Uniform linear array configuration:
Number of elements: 16
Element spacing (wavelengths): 1
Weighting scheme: exponential
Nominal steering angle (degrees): -60
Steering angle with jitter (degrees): -60.114
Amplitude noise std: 0.05
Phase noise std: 0.05

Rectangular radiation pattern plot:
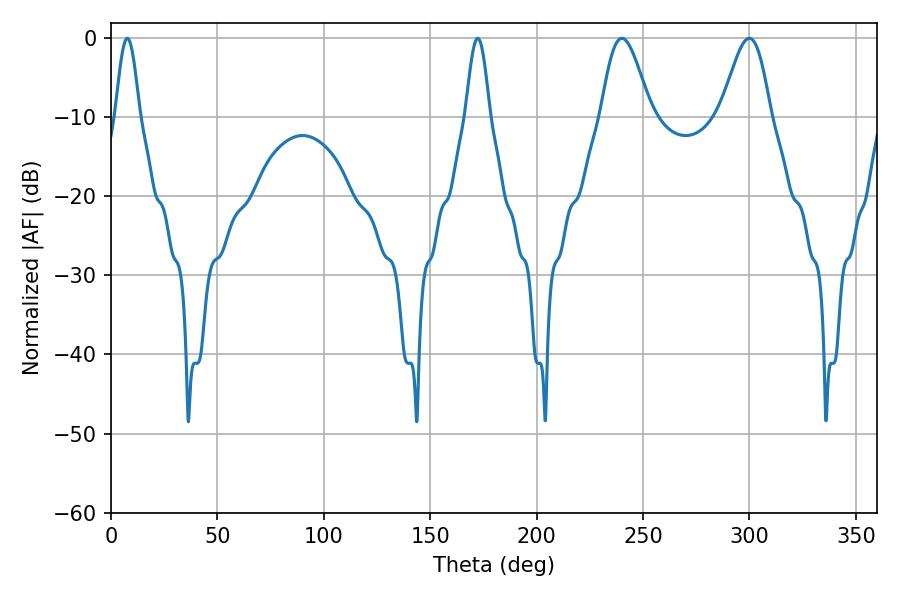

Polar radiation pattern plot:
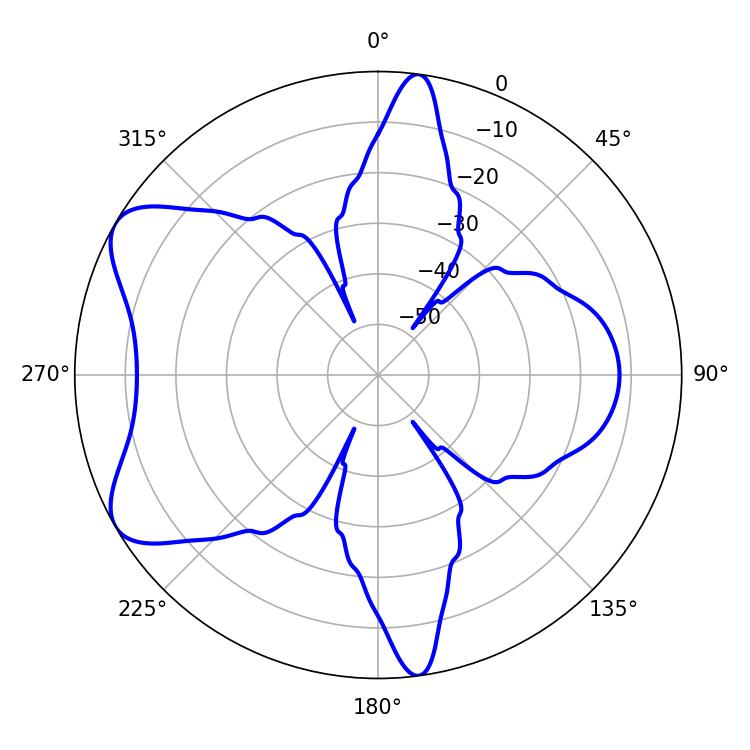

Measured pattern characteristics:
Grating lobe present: TRUE
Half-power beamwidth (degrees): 12.24
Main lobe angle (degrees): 240.12